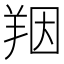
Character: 䍰